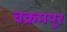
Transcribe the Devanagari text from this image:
चक्रमपूर